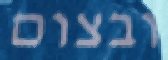
ובצום